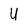
Character: U